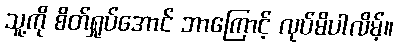
သူ့ကို စိတ်ရှုပ်အောင် ဘာကြောင့် လုပ်မိပါလိမ့်။